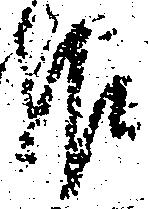
報